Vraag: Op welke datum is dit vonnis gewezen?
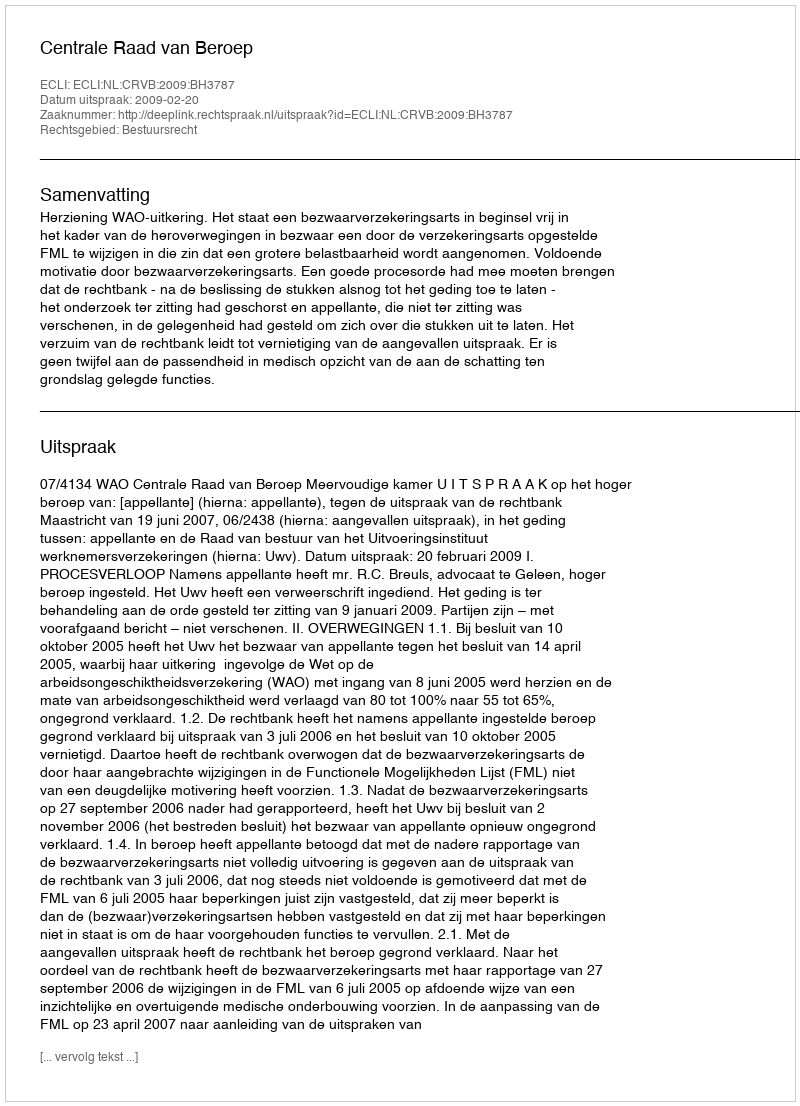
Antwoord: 2009-02-20